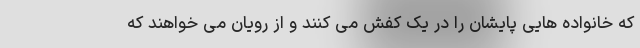
که خانواده هایی پایشان را در یک کفش می کنند و از رویان می خواهند که